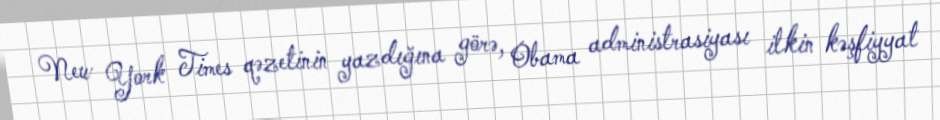
New York Times qəzetinin yazdığına görə, Obama administrasiyası ilkin kəşfiyyat